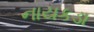
નાયકડા